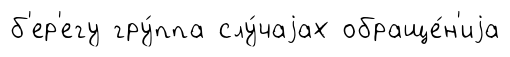
б'ер'егу гру́ппа слу́чаjах обраще́н'иjа